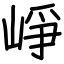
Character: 崢